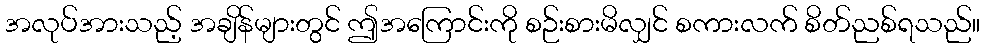
အလုပ်အားသည့် အချိန်များတွင် ဤအကြောင်းကို စဉ်းစားမိလျှင် စကားလက် စိတ်ညစ်ရသည်။